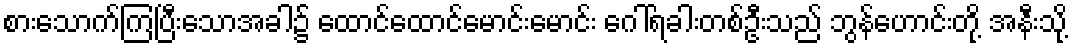
စားသောက်ကြပြီးသောအခါ၌ ထောင်ထောင်မောင်းမောင်း ဂေါ်ရခါးတစ်ဦးသည် ဘွန်ဟောင်းတို့ အနီးသို့